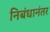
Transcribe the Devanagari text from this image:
निबंधानंतर